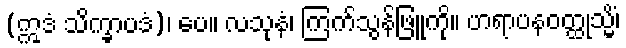
(ဣဒံ သိက္ခာပဒံ)၊ ပေ။ လသုနံ၊ ကြက်သွန်ဖြူကို။ ဟရာပနဝတ္ထုသ္မိံ၊